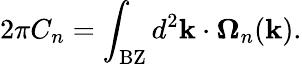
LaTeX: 2\pi C_{n}=\int_{\mathrm{BZ}}d^{2}\mathbf{k}\cdot\mathbf{\Omega}_{n}(\mathbf{k}).